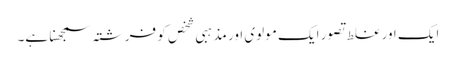
ایک اور غلط تصور ایک مولوی اور مذہبی شخص کو فرشتہ سمجھنا ہے۔